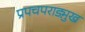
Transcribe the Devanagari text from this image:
प्रपचपराड्म़ुख